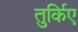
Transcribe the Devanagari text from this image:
तुर्किए